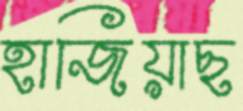
হাজিয়াছ